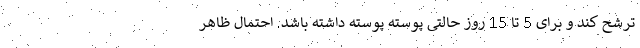
ترشح کند و برای 5 تا 15 روز حالتی پوسته پوسته داشته باشد. احتمال ظاهر